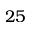
2 5